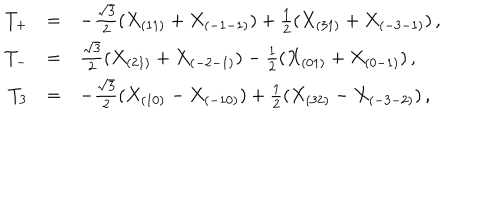
\begin{array} { r c l } { { T _ { + } } } & { { = } } & { { - { \frac { \sqrt 3 } { 2 } } ( X _ { ( 1 1 ) } + X _ { ( - 1 - 1 ) } ) + { \frac { 1 } { 2 } } ( X _ { ( 3 1 ) } + X _ { ( - 3 - 1 ) } ) \, , } } \\ { { T _ { - } } } & { { = } } & { { { \frac { \sqrt 3 } { 2 } } ( X _ { ( 2 1 ) } + X _ { ( - 2 - 1 ) } ) - { \frac { 1 } { 2 } } ( X _ { ( 0 1 ) } + X _ { ( 0 - 1 ) } ) \, , } } \\ { { T _ { 3 } } } & { { = } } & { { - { \frac { \sqrt { 3 } } { 2 } } ( X _ { ( 1 0 ) } - X _ { ( - 1 0 ) } ) + { \frac { 1 } { 2 } } ( X _ { ( 3 2 ) } - X _ { ( - 3 - 2 ) } ) \, , } } \\ \end{array}